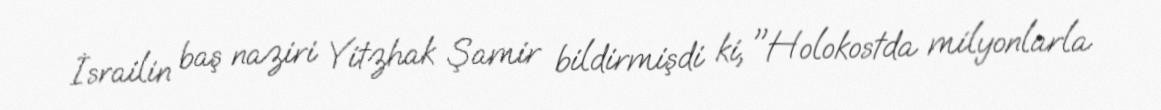
İsrailin baş naziri Yitzhak Şamir bildirmişdi ki, "Holokostda milyonlarla